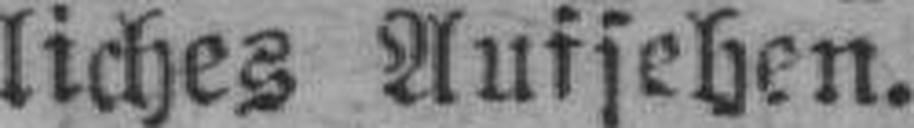
liches Aufsehen.